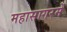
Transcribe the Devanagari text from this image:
महासागरमें